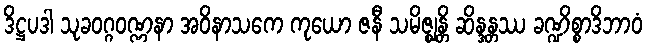
ဒိဋ္ဌပဒါ သုခဝဂ္ဂဝဏ္ဏနာ အဝိနာသကေ ကုယော ဇနီ သမိဇ္ဈန္တိ ဆိန္ဒန္တဿ ခဏ္ဍိစ္စာဒိဘာဝံ